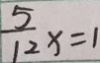
\frac { 5 } { 1 2 } x = 1